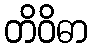
တိဝိဓာ